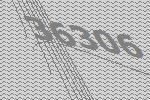
36306